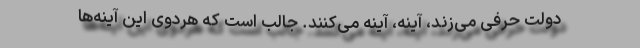
دولت حرفی می‌زند، آینه، آینه می‌کنند. جالب است که هردوی این آینه‌ها